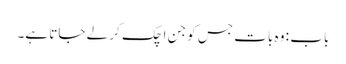
باب : وہ بات جس کو جن اچک کر لے جاتا ہے۔